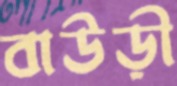
বাউড়ী